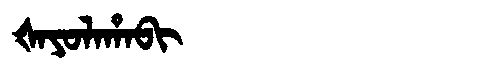
Manchu: ᡧᠠᠶᠣᠯᠠᡥᠠᠪᡳ
Romanization: ŠAYOLAHABI